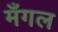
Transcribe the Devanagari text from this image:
मँगल